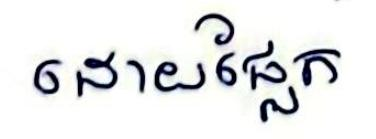
ដោយផ្លែក